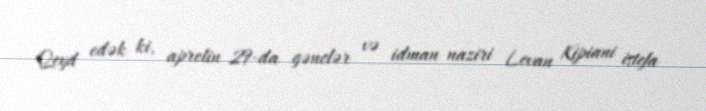
Qeyd edək ki, aprelin 29-da gənclər və idman naziri Levan Kipiani istefa